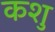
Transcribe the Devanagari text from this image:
कशु